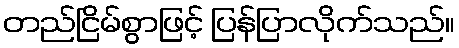
တည်ငြိမ်စွာဖြင့် ပြန်ပြာလိုက်သည်။